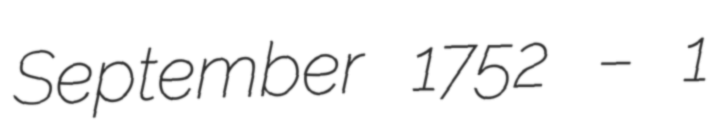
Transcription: September 1752 – 1